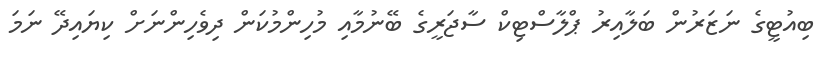
ބިއުޓީގެ ނަޒަރުން ބަލާއިރު ޕްލާސްޓިކް ސާޖަރީގެ ބޭނުމާއި މުހިންމުކަން ދިވެހިންނަށް ކިޔައިދޭ ނަމަ